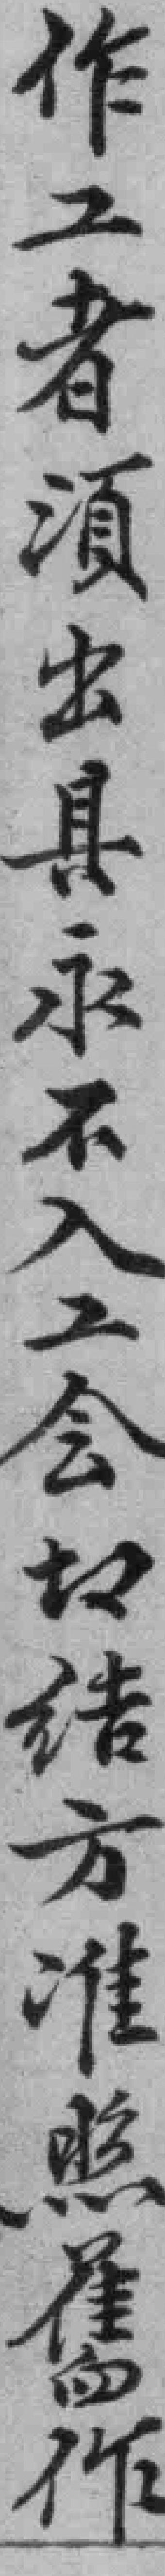
作工者湏出具永不入工会切结方准照舊作